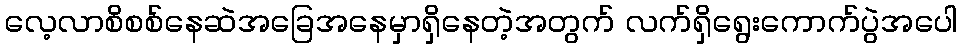
လေ့လာစိစစ်နေဆဲအခြေအနေမှာရှိနေတဲ့အတွက် လက်ရှိရွေးကောက်ပွဲအပေါ